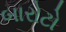
બારોટો